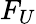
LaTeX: F_{U}